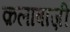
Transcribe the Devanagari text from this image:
क़लाबाज़ी